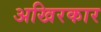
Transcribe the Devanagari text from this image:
अखिरकार